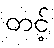
တင့်